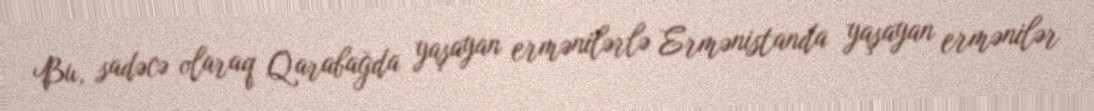
Bu, sadəcə olaraq Qarabağda yaşayan ermənilərlə Ermənistanda yaşayan ermənilər